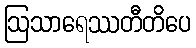
ဩသာရေဿတီတိပေ